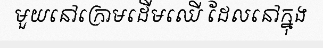
មួយនៅក្រោមដើមឈើ ដែលនៅក្នុង